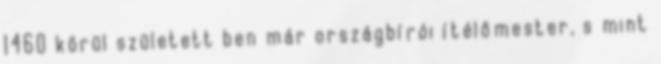
1460 körül született ben már országbírói ítélőmester, s mint